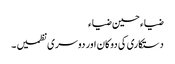
ضیاء حسین ضیاء
دستکاری کی دوکان اور دوسری نظمیں ۔